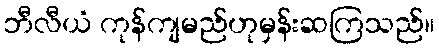
ဘီလီယံ ကုန်ကျမည်ဟုမှန်းဆကြသည်။